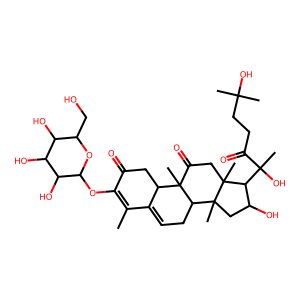
SMILES: CC1=C(OC2OC(CO)C(O)C(O)C2O)C(=O)CC2C1=CCC1C2(C)C(=O)CC2(C)C(C(C)(O)C(=O)CCC(C)(C)O)C(O)CC12C
Inhibits HIV replication: No